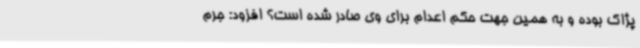
پژاک بوده و به همین جهت حکم اعدام برای وی صادر شده است؟ افزود: جرم